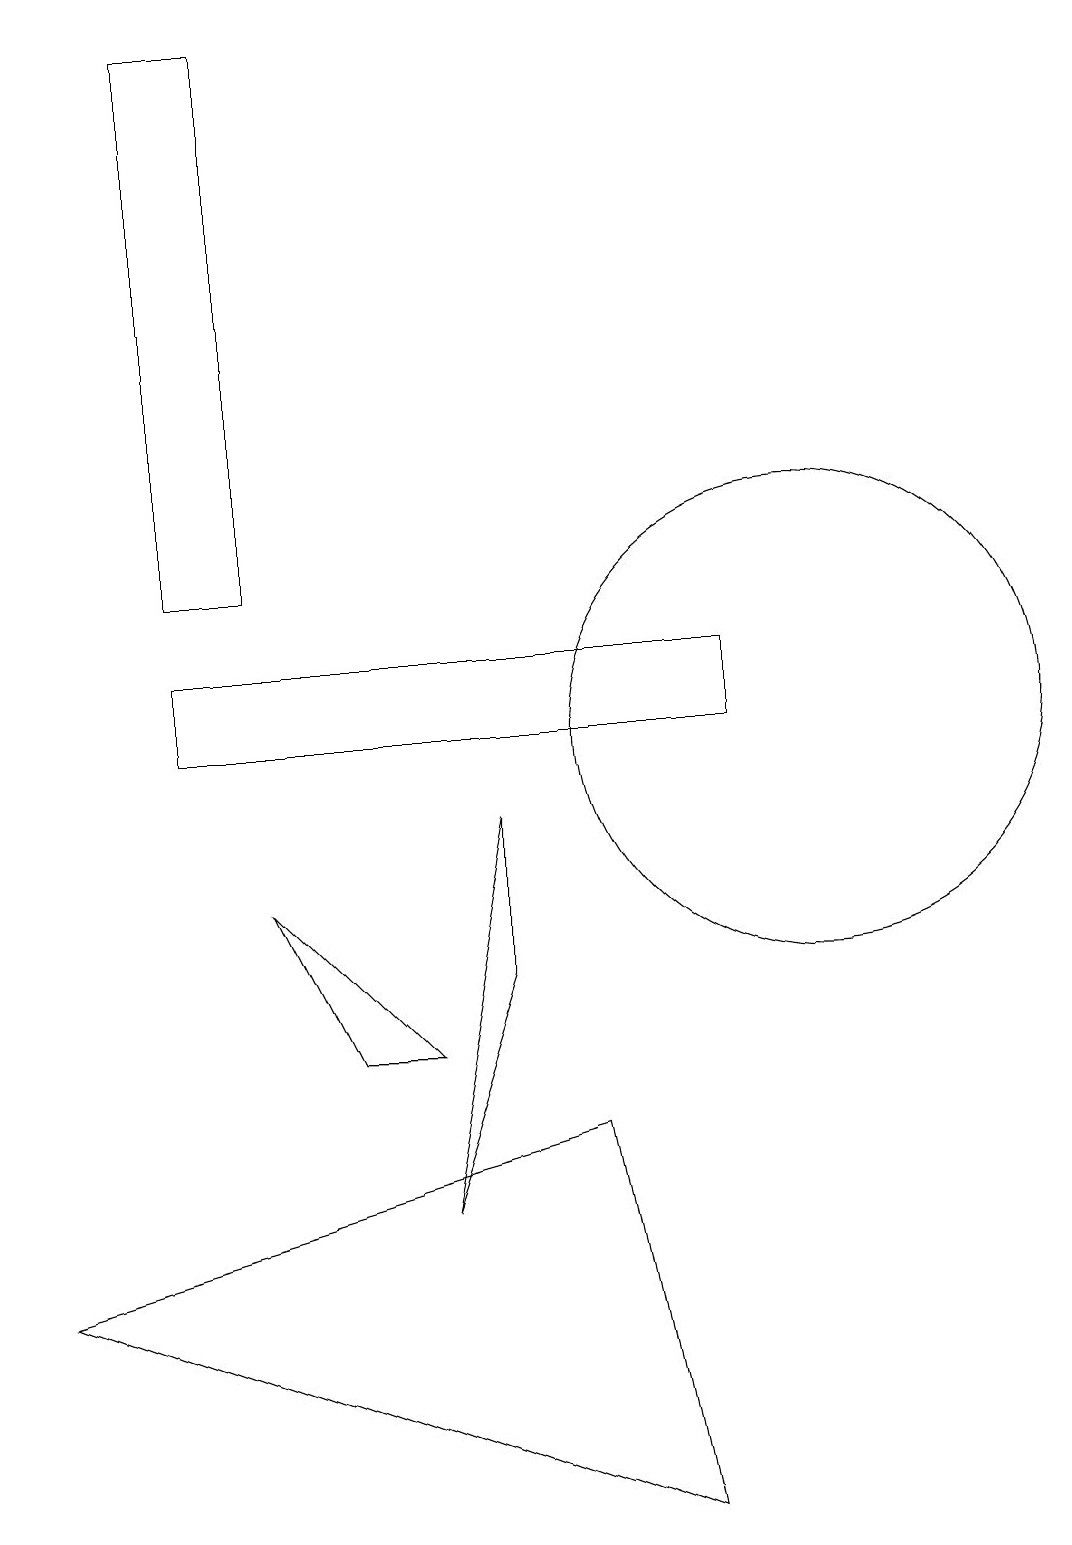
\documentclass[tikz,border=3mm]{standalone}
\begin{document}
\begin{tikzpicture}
\draw (9,10) rectangle (2,11);
\draw (2,19) rectangle (3,12);
\draw (3,8) -- (4,6) -- (5,6) -- cycle;
\draw (10,10) circle (3);
\draw (7,5) -- (8,0) -- (0,3) -- cycle;
\draw (5,4) -- (6,9) -- (6,7) -- cycle;
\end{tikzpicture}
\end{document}